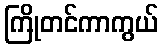
ကြိုတင်ကာကွယ်